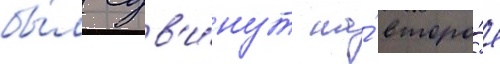
бы́л сдв'и́нут на́ второ́е